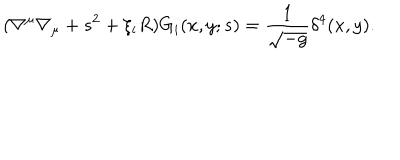
LaTeX: ( \nabla ^ { \mu } \nabla _ { \mu } + s ^ { 2 } + \xi _ { i } R ) G _ { i } ( x , y ; s ) = \frac { 1 } { \sqrt { - g } } \delta ^ { 4 } ( x , y ) .